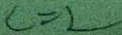
c = 2